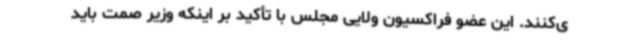
ی‌کنند. این عضو فراکسیون ولایی مجلس با تأکید بر اینکه وزیر صمت باید